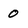
Character: 0